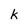
Character: k